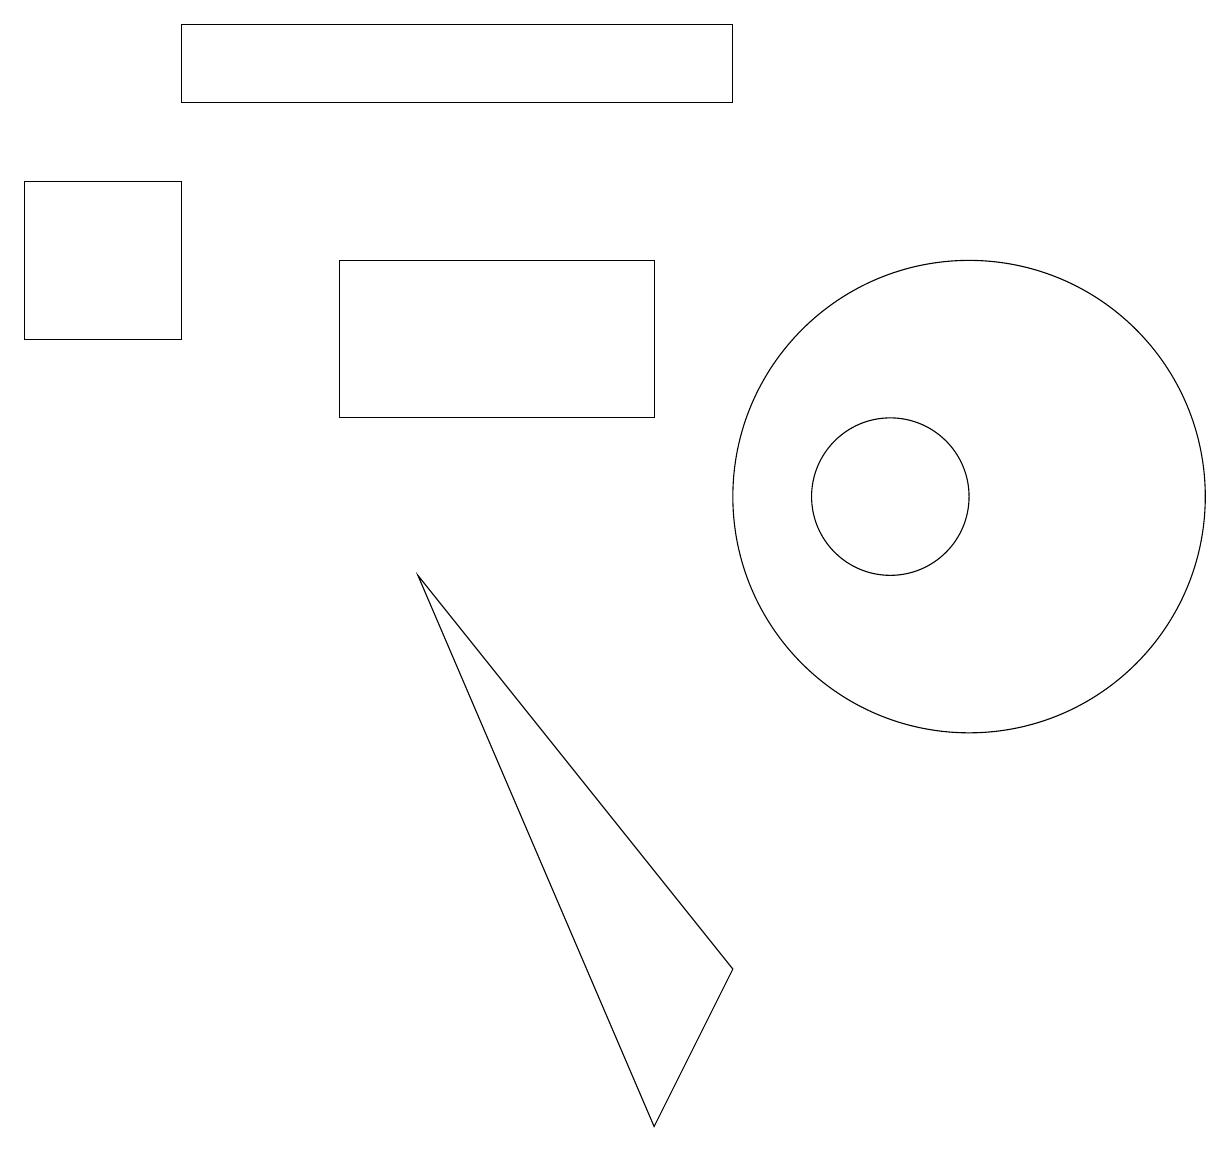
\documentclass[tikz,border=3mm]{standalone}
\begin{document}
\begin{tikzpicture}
\draw (9,15) rectangle (2,16);
\draw (8,13) rectangle (4,11);
\draw (11,10) circle (1);
\draw (5,9) -- (9,4) -- (8,2) -- cycle;
\draw (0,12) rectangle (2,14);
\draw (12,10) circle (3);
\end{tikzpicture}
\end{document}